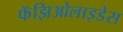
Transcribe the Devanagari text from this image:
फॅझिओलाइडेस